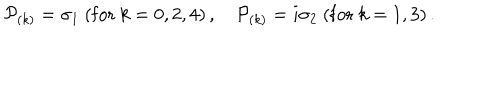
{ \cal P } _ { ( k ) } = \sigma _ { 1 } \ ( \mathrm { f o r } \ k = 0 , 2 , 4 ) \, , \quad { \cal P } _ { ( k ) } = i \sigma _ { 2 } \ ( \mathrm { f o r } \ k = 1 , 3 ) \, .